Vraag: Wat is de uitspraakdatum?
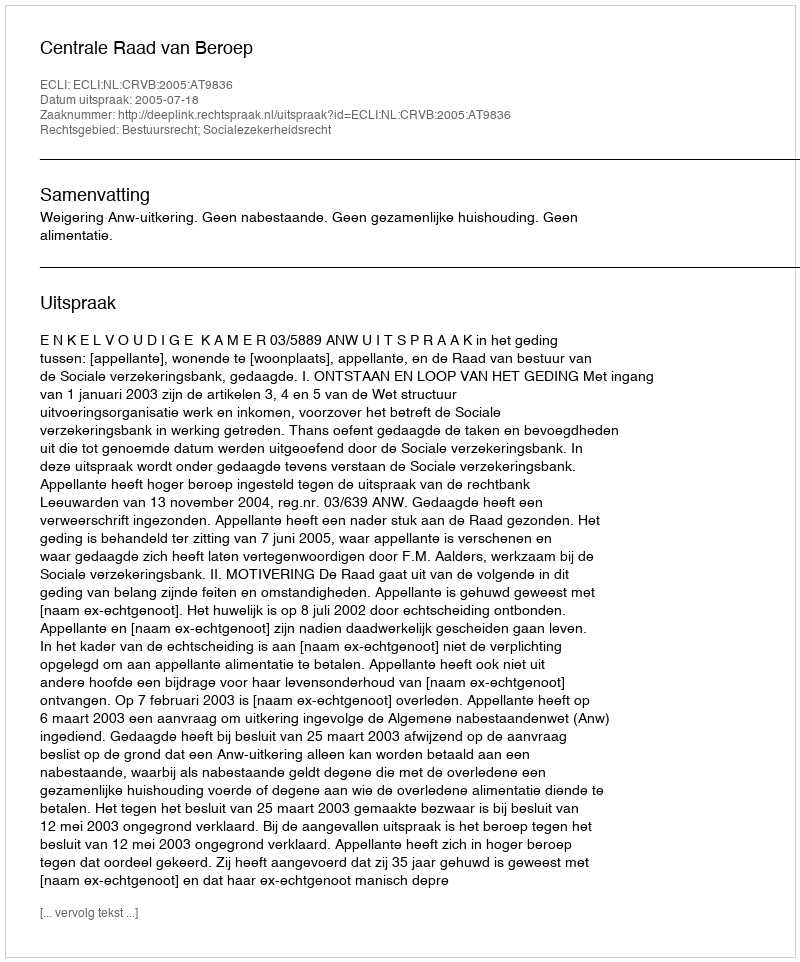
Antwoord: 2005-07-18